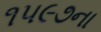
૧૫૯૭ના